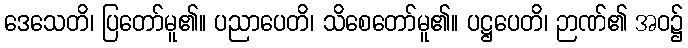
ဒေသေတိ၊ ပြတော်မူ၏။ ပညာပေတိ၊ သိစေတော်မူ၏။ ပဋ္ဌပေတိ၊ ဉာဏ်၏ အဝ၌